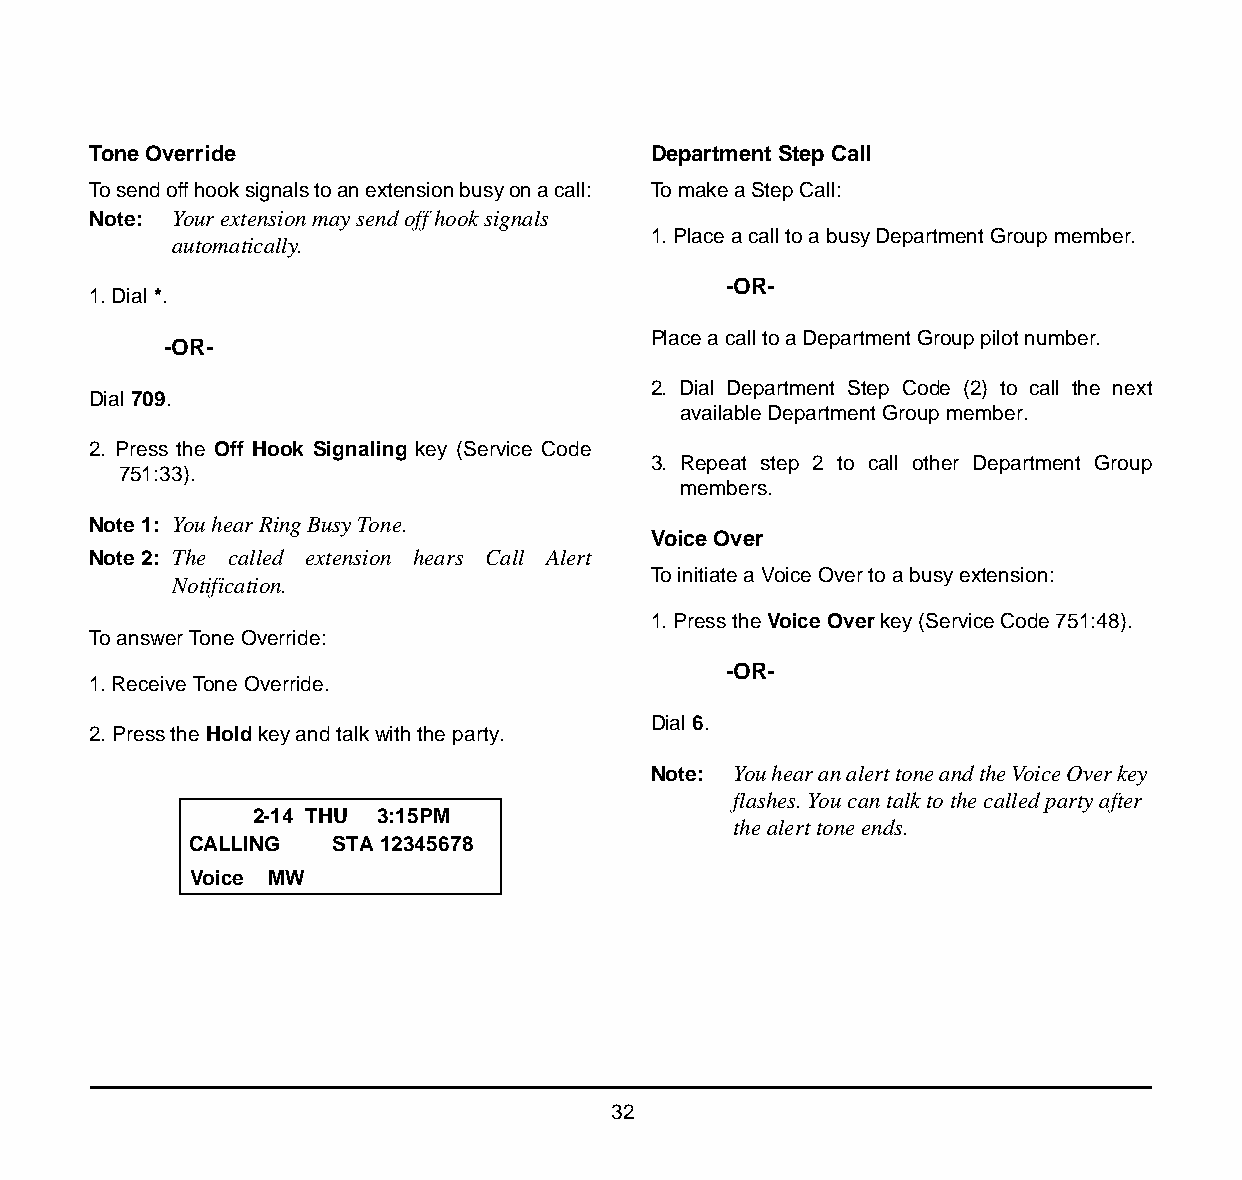
Tone Override                         Department Step Call
 To send off hook signals to an extension busy on a call: To make a Step Call:
 Note: Your extension may send off hook signals
 1. Place a call to a busy Department Group member.
 automatically.
 -OR-
 1. Dial *.
 Place a call to a Department Group pilot number.
 -OR-
 2. Dial Department Step Code (2) to call the next
 Dial 709.
 available Department Group member.
 2. Press the Off Hook Signaling key (Service Code
 3. Repeat step 2 to call other Department Group
 751:33).
 members.
 Note 1: You hear Ring Busy Tone.
 Voice Over
 Note 2: The called extension hears Call Alert
 To initiate a Voice Over to a busy extension:
 Notification.
 1. Press the Voice Over key (Service Code 751:48).
 To answer Tone Override:
 -OR-
 1. Receive Tone Override.
 Dial 6.
 2. Press the Hold key and talk with the party.
 Note: You hear an alert tone and the Voice Over key
 flashes. You can talk to the called party after
 2-14 THU 3:15PM
 the alert tone ends.
 CALLING   STA 12345678
 Voice MW
 32